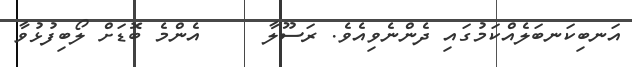
އަނބިކަނބަލެއްކަމުގައި ދެންނެވިއެވެ. ރަސޫލާ     އެންމެ ބޮޑަށް ލޯބިފުޅުވާ